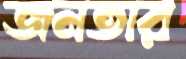
জনতার